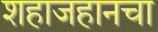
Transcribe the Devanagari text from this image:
शहाजहानचा